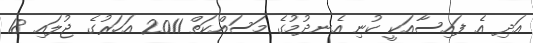
އަދި އެ ފައިސާއަކީ ކުނި އެނދުމުގެ މަސައްކަތް 2011 އަހަރުގެ ޖުލައި 18